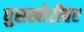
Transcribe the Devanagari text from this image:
घुसखोरीवर